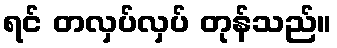
ရင် တလှပ်လှပ် တုန်သည်။